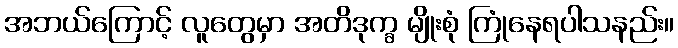
အဘယ်ကြောင့် လူတွေမှာ အတိဒုက္ခ မျိုးစုံ ကြုံနေရပါသနည်း။